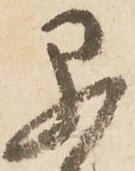
早